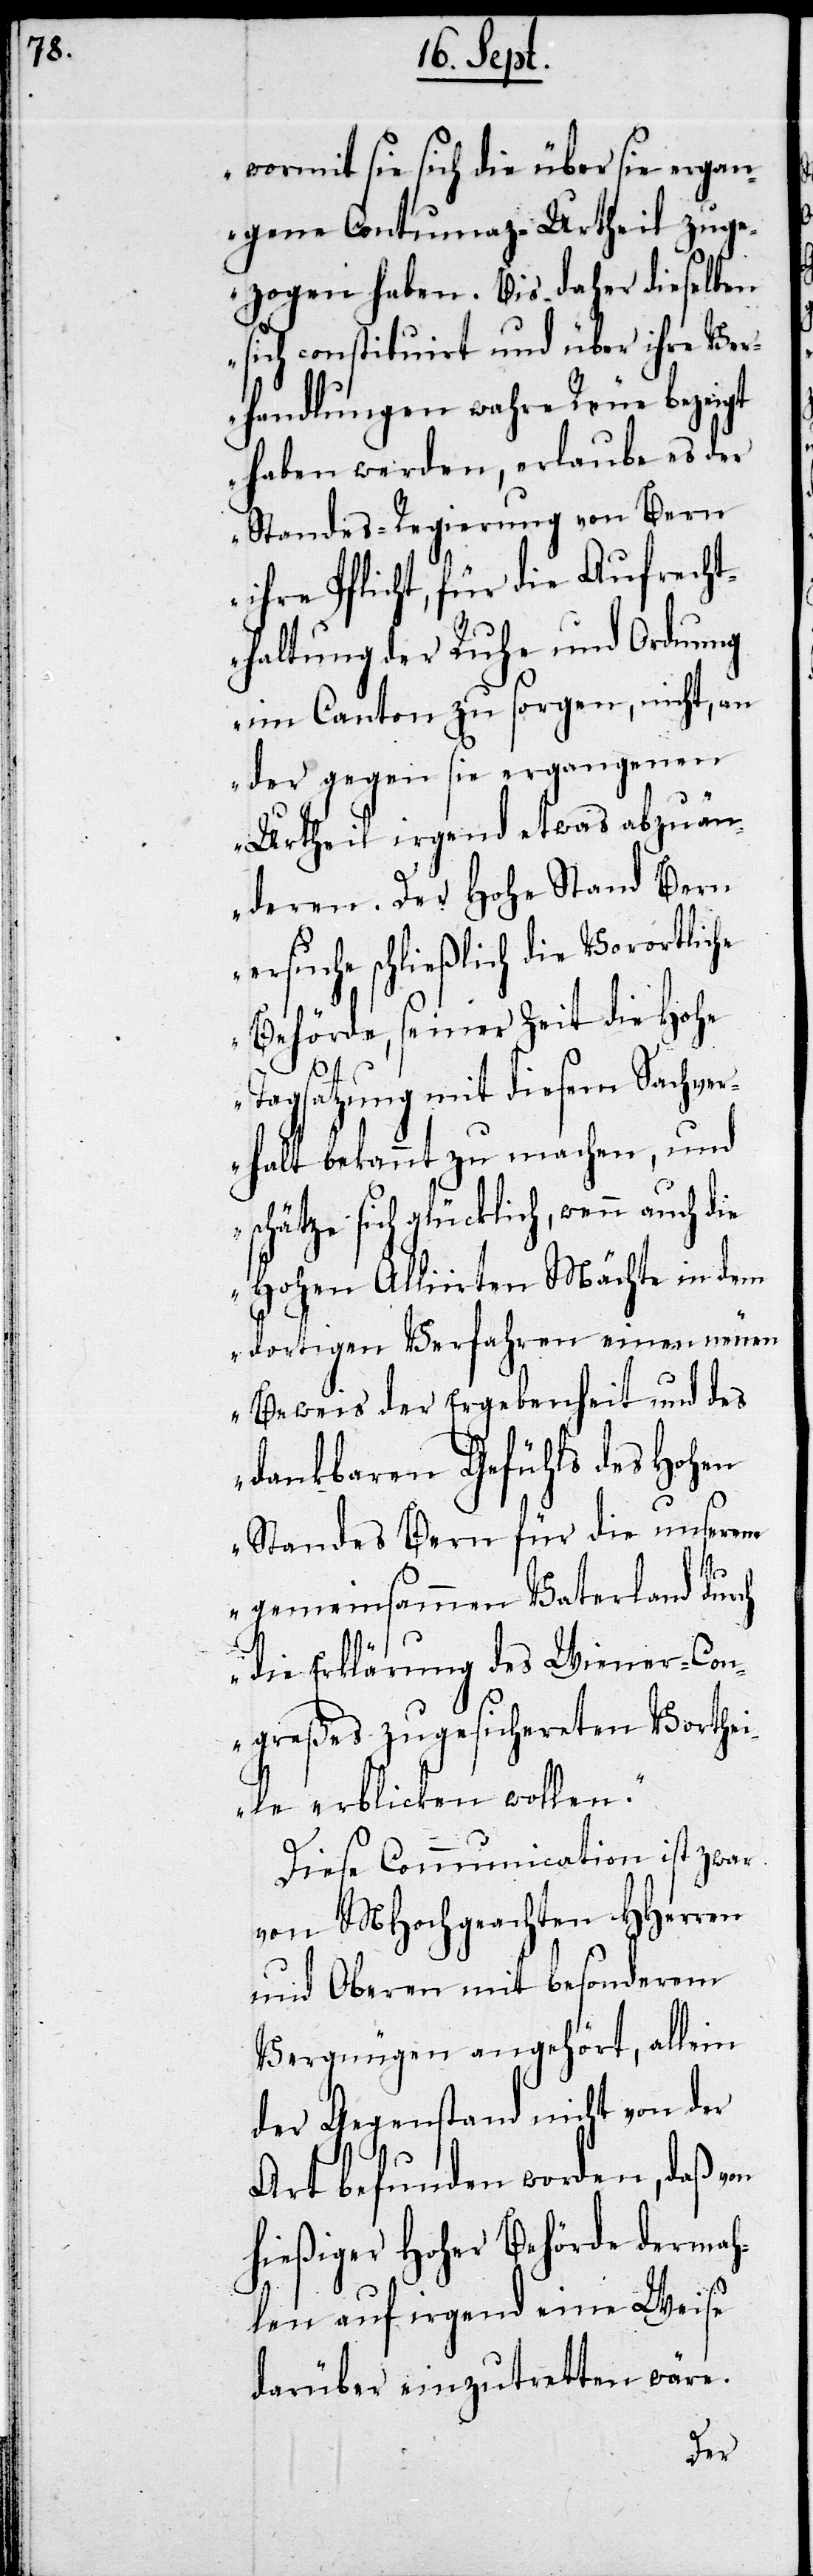
wormit sie sich die über sie ergan¬
genen Contumaz-Urtheil zuge¬
zogen haben. Bis daher dieselben
sich constituirt und über ihre Ver¬
handlungen wahre Reue bezeigt
haben werden, erlaube es der
Standes-Regierung von Bern
ihre Pflicht, für die Aufrecht¬
haltung der Ruhe und Ordnung
im Canton zu sorgen, nicht, an
der gegen sie ergangenen
Urtheil irgend etwas abzuän¬
deren. Der Hohe Stand Bern
ersuche schließlich die Vorortliche
Behörde, seiner Zeit die Hohe
Tagsatzung mit diesem Sachver¬
halt bekannt zu machen, und
schätze sich glücklich,
Hohen Alliirten Mächte in dem
dortigen Verfahren einen neuen
Beweis der Ergebenheit und des
dankbaren Gefühls des Hohen
Standes Bern für die unserem
gemeinsammen Vaterland durch
die Erklärung des Wiener-Con¬
greßen zugesichereten Vorthei¬
le erblicken wollen.“
Diese Communication ist zwar
von MHochgeachten HHerren
und Oberen mit besonderem
Vergnügen angehört, allein
der Gegenstand nicht von der
Art befunden worden, daß von
hießiger Hoher Behörde dermah¬
len auf irgend eine Weise
darüber einzutretten wäre.